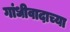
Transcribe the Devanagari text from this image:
गांधीवादाच्या